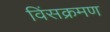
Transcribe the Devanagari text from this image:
विंसक्रमण